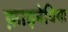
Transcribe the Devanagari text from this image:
फ़ाइनेविया